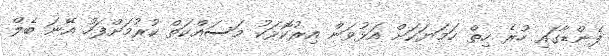
ފެންޑާގައި ހުރެ ހިތް ހަމަޔަކަށް އަޅުވަން އިރުކޮޅަކު މަސައްކަތް ކުރުމަށްފަހު އޭނަ ބެލް